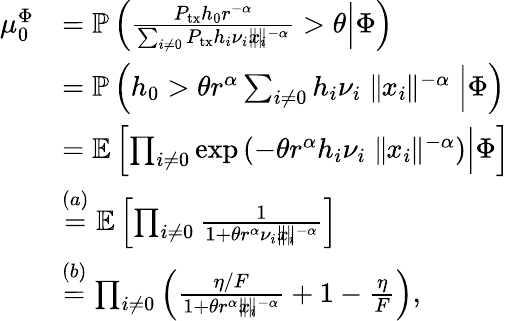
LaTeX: \begin{array}{rl}{\mu_{0}^{\Phi}}&{=\mathbb{P}\left(\frac{P_{\mathrm{tx}}h_{0}r^{-\alpha}}{\sum_{i\neq 0}P_{\mathrm{tx}}h_{i}\nu_{i}\parallel\! \! x_{i}\! \! \parallel^{-\alpha}}>\theta\Big\vert\Phi\right)}\\ &{=\mathbb{P}\left(h_{0}>\theta r^{\alpha}\sum_{i\neq 0}h_{i}\nu_{i}\parallel\! \! x_{i}\! \! \parallel^{-\alpha}\Big\vert\Phi\right)}\\ &{=\mathbb{E}\left[\prod_{i\neq 0}\exp\left(-\theta r^{\alpha}h_{i}\nu_{i}\parallel\! \! x_{i}\! \! \parallel^{-\alpha}\right)\Big\vert\Phi\right]}\\ &{\stackrel{(a)}{=}\mathbb{E}\left[\prod_{i\neq 0}\frac{1}{1+\theta r^{\alpha}\nu_{i}\parallel\! \! x_{i}\! \! \parallel^{-\alpha}}\right]}\\ &{\stackrel{(b)}{=}\prod_{i\neq 0}\left(\frac{\eta/F}{1+\theta r^{\alpha}\parallel\! \! x_{i}\! \! \parallel^{-\alpha}}+1-\frac{\eta}{F}\right),}\end{array}